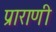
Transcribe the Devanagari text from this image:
प्राराणी